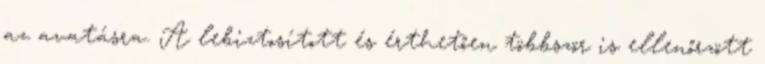
az avatásra. A lebiztosított és érthetően többször is ellenőrzött